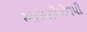
આઇસીએલપી